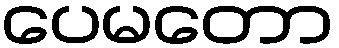
ပေမတော